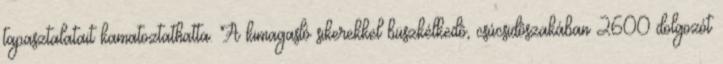
tapasztalatait kamatoztathatta. A kimagasló sikerekkel büszkélkedô, csúcsidôszakában 2600 dolgozót